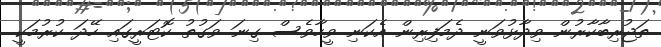
ތަޖުރިބާކާރުން ވިދާޅުވަނީ ދެމަފިރިން އެކަނި ވީހާވެސް ގިނަ ވަގުތު ކޮޓަރީގައި ހޭދަ ކުރުމަކީ